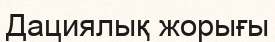
Дациялық жорығы